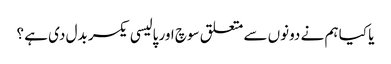
یا کیا ہم نے دونوں سے متعلق سوچ اور پالیسی یکسر بدل دی ہے ؟